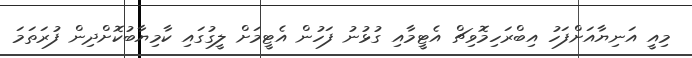
މިއީ އަނިޔާއަށްފަހު އިބްރަހިމޮވިޗް އެޓީމާއި ގުޅުނު ފަހުން އެޓީމަށް ލީގުގައި ކާމިޔާބުކޮށްދިން ފުރަތަމަ